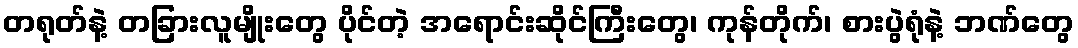
တရုတ်နဲ့ တခြားလူမျိုးတွေ ပိုင်တဲ့ အရောင်းဆိုင်ကြီးတွေ၊ ကုန်တိုက်၊ စားပွဲရုံနဲ့ ဘဏ်တွေ